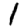
Digit: 1